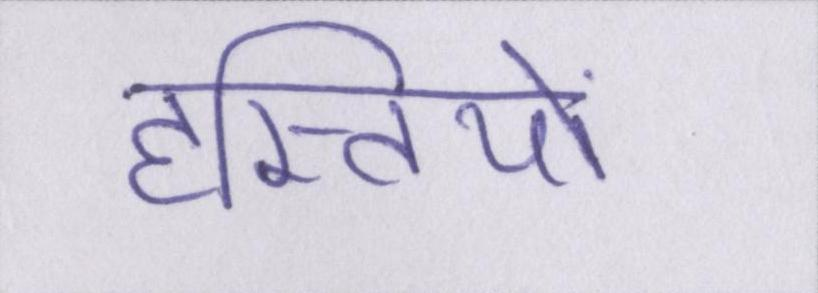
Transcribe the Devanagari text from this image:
हस्तियों